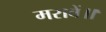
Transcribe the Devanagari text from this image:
मरावें॥